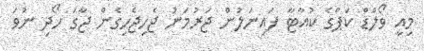
މިއީ ވޯލްޑް ކަޕްގެ ކުއާޓާ ފައިނަލުން ޖަރުމަނު ޖެހިޖެހިގެން ޖާގަ ހޯދި ނުވަ